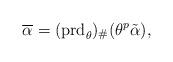
LaTeX: \begin{align*}\overline{\alpha} = ({\rm prd}_\theta)_{\#}(\theta^p \tilde \alpha),\end{align*}